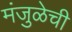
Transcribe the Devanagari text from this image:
मंजुळेची